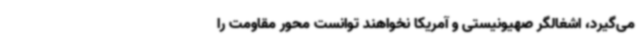
می‌گیرد، اشغالگر صهیونیستی و آمریکا نخواهند توانست محور مقاومت را